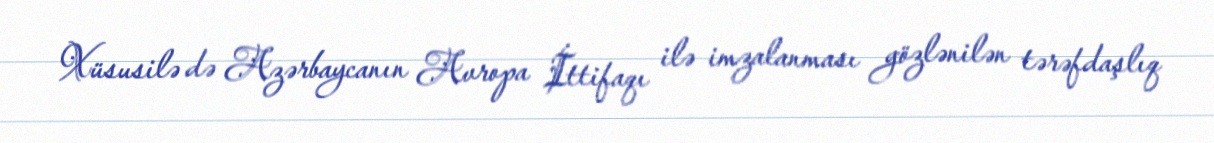
Xüsusilə də Azərbaycanın Avropa İttifaqı ilə imzalanması gözlənilən tərəfdaşlıq